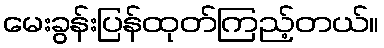
မေးခွန်းပြန်ထုတ်ကြည့်တယ်။